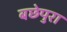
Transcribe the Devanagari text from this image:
बछेपुरा